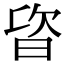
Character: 𣆾